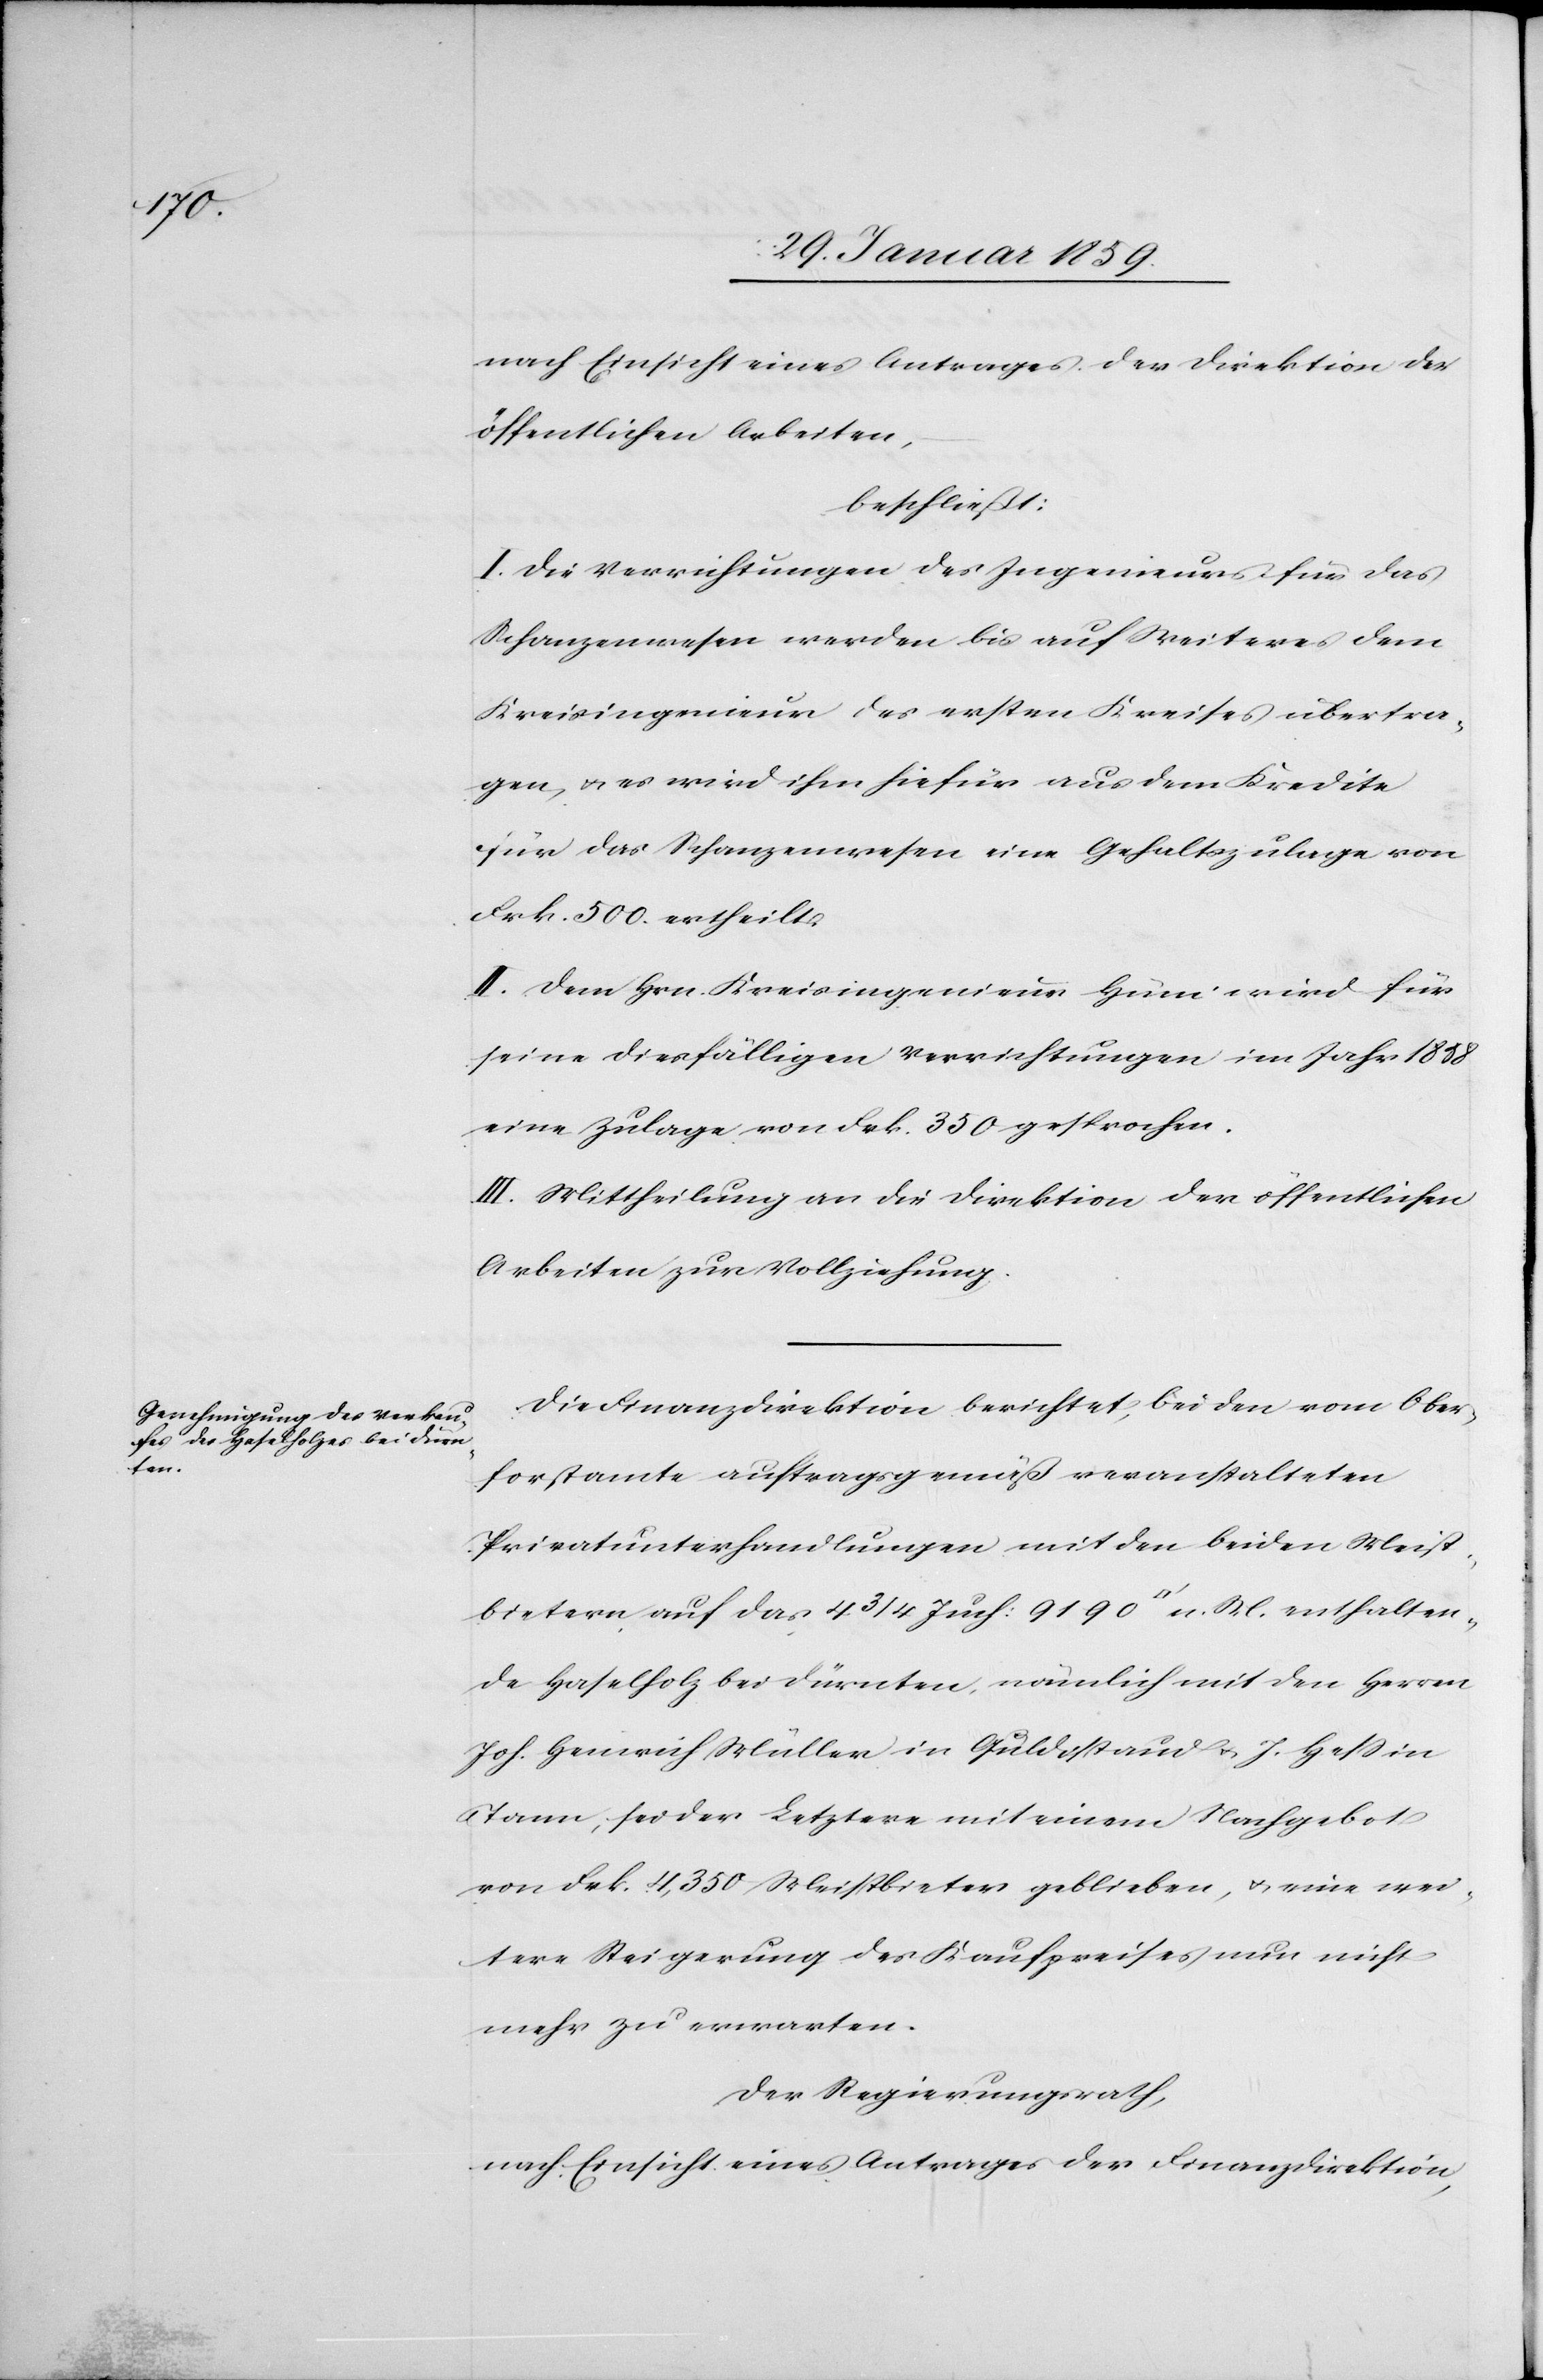
nach Einsicht eines Antrages der Direktion der
öffentlichen Arbeiten,
beschließt:
I. Die Verrichtungen des Ingenieurs für das
Schanzenwesen werden bis auf Weiteres dem
Kreisingenieur des ersten Kreises übertra¬
gen, u. es wird ihm hiefür aus dem Kredite
für das Schanzenwesen eine Gehaltszulage von
Frk. 500. ertheilt.
II. Dem Hrn. Kreisingenieur Hüni wird für
seine diesfälligen Verrichtungen im Jahr 1858
eine Zulage von Frk. 350 gesprochen.
III. Mittheilung an die Direktion der öffentlichen
Arbeiten zur Vollziehung.
Die Finanzdirektion berichtet, bei den vom Ober¬
forstamte auftragsgemäß veranstalteten
Privatunterhandlungen mit den beiden Meist¬
bietern auf das 4 3/4 Juch: 9190 [Quadtratfuß] n. M. enthalten¬
de Haselholz bei Dürnten, nämlich mit den Herren
Joh. Heinrich Müller in Guldistand u. J. Heß in
Tann, sei der Letztere mit einem Nachgebot
von Frk. 4,350 Meistbieter geblieben, u. eine wei¬
tere Steigerung des Kaufpreises nun nicht
mehr zu erwarten.
Der Regierungsrath,
nach Einsicht eines Antrages der Finanzdirektion,